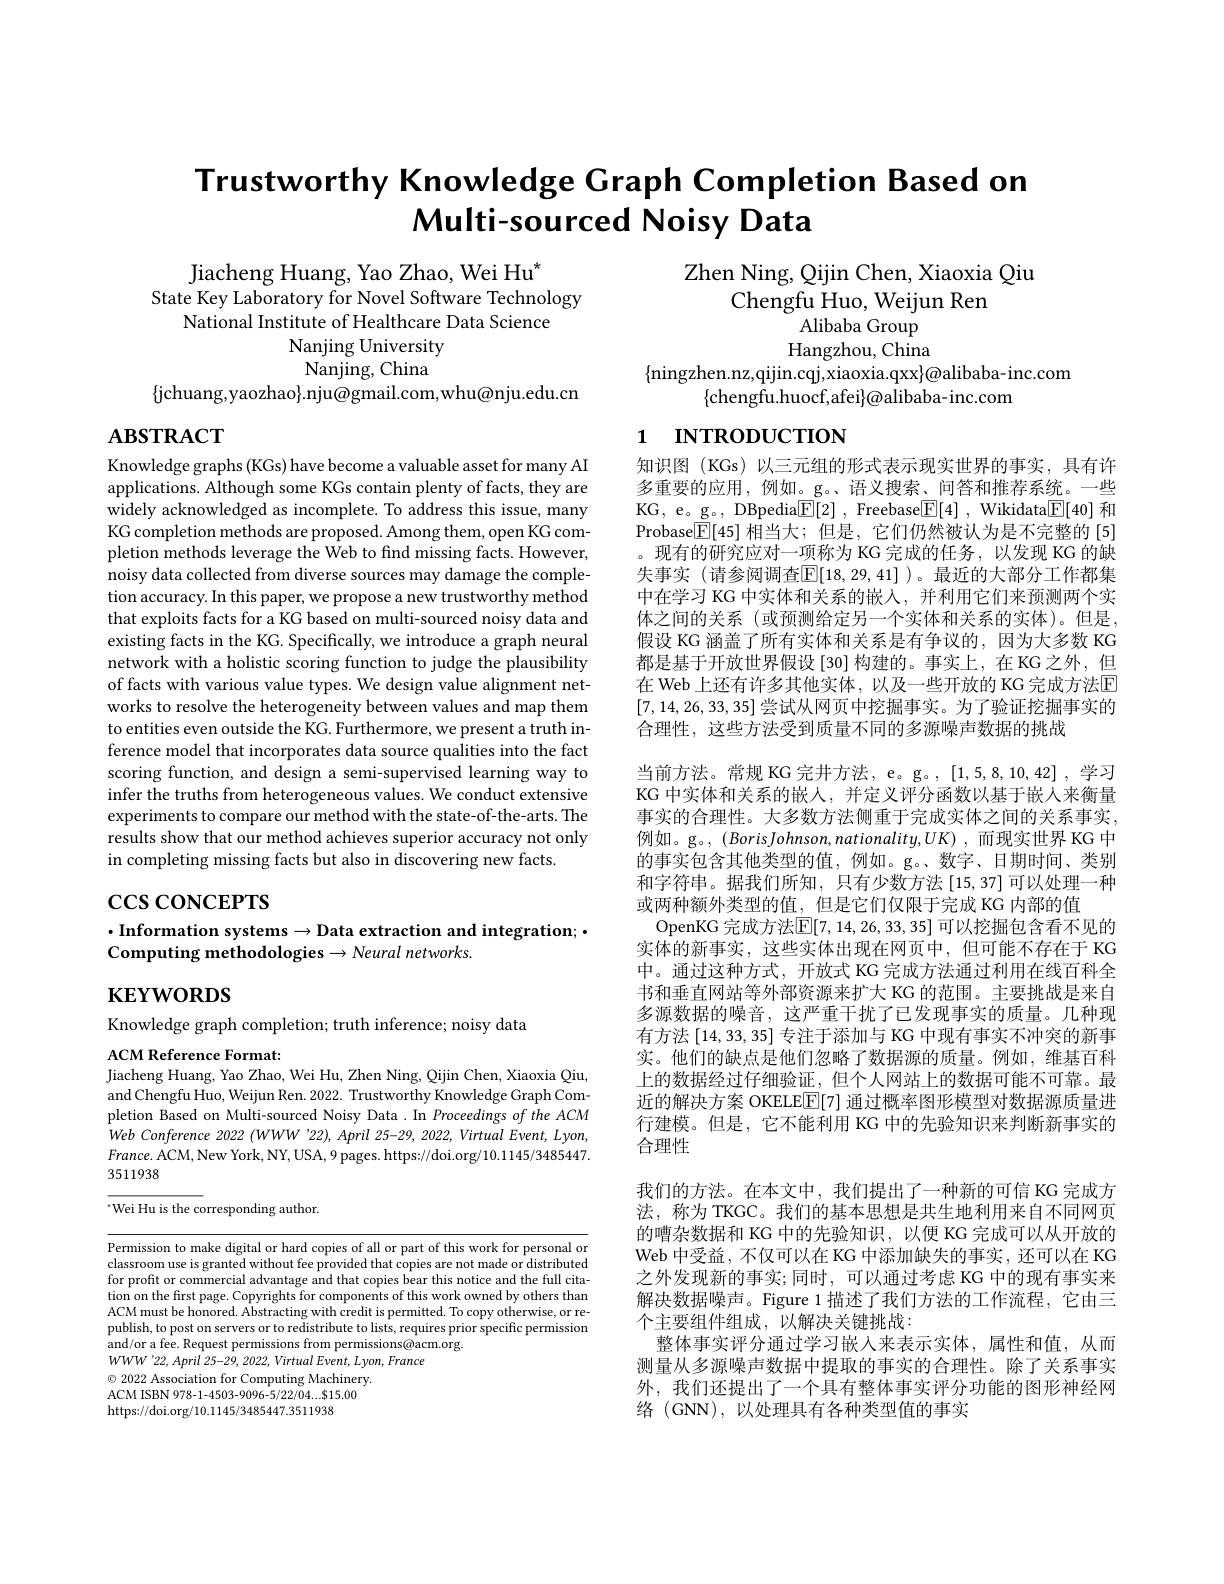
# Trustworthy Knowledge Graph Completion Based on Multi-sourced Noisy Data

Jiacheng Huang, Yao Zhao, Wei Hu*
State Key Laboratory for Novel Software Technology
National Institute of Healthcare Data Science
Nanjing University Nanjing, China
$\{$jchuang,yaozhao$\}.$nju@gmail.com,whu@nju.edu.cn

Zhen Ning, Qijin Chen, Xiaoxia Qiu
Chengfu Huo, Weijun Ren
Alibaba Group Hangzhou, China
$\{$ningzhen.nz,qijin.cqj,xiaoxia.qxx$\}@$alibaba-inc.com
$\{$chengfu.huocf,afei$\}@$alibaba-inc.com

# 1 INTRODUCTION

# $\mathbf{ABSTRACT}$

Knowledge graphs (KGs) have become a valuable asset for many AI applications. Although some KGs contain plenty of facts, they are widely acknowledged as incomplete. To address this issue, many KG completion methods are proposed. Among them, open KG completion methods leverage the Web to find missing facts. However, noisy data collected from diverse sources may damage the completion accuracy. In this paper, we propose a new trustworthy method that exploits facts for a KG based on multi-sourced noisy data and existing facts in the KG. Specifically, we introduce a graph neural network with a holistic scoring function to judge the plausibility of facts with various value types. We design value alignment networks to resolve the heterogeneity between values and map them to entities even outside the KG. Furthermore, we present a truth inference model that incorporates data source qualities into the fact scoring function, and design a semi-supervised learning way to infer the truths from heterogeneous values. We conduct extensive experiments to compare our method with the state-of-the-arts. The results show that our method achieves superior accuracy not only in completing missing facts but also in discovering new facts.

$\csc\cos$coNCEPTS

知识图 (KGs) 以三元组的形式表示现实世界的事实，具有许多重要的应用，例如。g。、语义搜索、问答和推荐系统。一些KG, e。g。, DBpedia$\boxed{\mathbb{F}[2]}$, Freebase$\boxed{\mathbb{F}[4]}$, Wikidata$\boxed{\mathbb{F}[40]}$和Probase$\boxed{\mathbb{E}}[45]$相当大；但是，它们仍然被认为是不完整的[5] 。现有的研究应对一项称为 KG 完成的任务，以发现 KG 的缺失事实 (请参阅调查$\overline{\mathbb{E}}[18,29,41]$ )。最近的大部分工作都集中在学习 KG 中实体和关系的嵌入，并利用它们来预测两个实体之间的关系 (或预测给定另一个实体和关系的实体)。但是， 假设 KG 涵盖了所有实体和关系是有争议的，因为大多数 KG 都是基于开放世界假设[30]构建的。事实上，在 KG 之外，但在 Web 上还有许多其他实体，以及一些开放的 KG 完成方法$\overline{\mathrm{E}}$ [7,14,26,33,35]尝试从网页中挖掘事实。为了验证挖掘事实的合理性，这些方法受到质量不同的多源噪声数据的挑战
当前方法。常规 KG 完井方法，e。g。, [1,5,8,10,42],学习KG 中实体和关系的嵌人，并定义评分函数以基于嵌人来衡量事实的合理性。大多数方法侧重于完成实体之间的关系事实， 例如。g。, $( BorisJohnson, nationality, UK)$ ,而现实世界 KG 中的事实包含其他类型的值，例如。g。数字、日期时间、类别和字符串。据我们所知，只有少数方法[15,37]可以处理一种或两种额外类型的值，但是它们仅限于完成 KG 内部的值
OpenKG 完成方法$\boxed{\mathbb{E}}[7,14,26,33,35]$可以挖掘包含看不见的实体的新事实，这些实体出现在网页中，但可能不存在于 KG 中。通过这种方式，开放式 KG 完成方法通过利用在线百科全书和垂直网站等外部资源来扩大 KG 的范围。主要挑战是来自多源数据的噪音，这严重干扰了已发现事实的质量。几种现有方法[14,33,35]专注于添加与 KG 中现有事实不冲突的新事实。他们的缺点是他们忽略了数据源的质量。例如，维基百科上的数据经过仔细验证，但个人网站上的数据可能不可靠。最近的解决方案 OKELE$\mathbb{E}[7]$通过概率图形模型对数据源质量进行建模。但是，它不能利用 KG 中的先验知识来判断新事实的合理性
我们的方法。在本文中，我们提出了一种新的可信 KG 完成方法，称为 TKGC。我们的基本思想是共生地利用来自不同网页的嘈杂数据和 KG 中的先验知识，以便 KG 完成可以从开放的Web 中受益，不仅可以在 KG 中添加缺失的事实，还可以在 KG 之外发现新的事实；同时，可以通过考虑 KG 中的现有事实来解决数据噪声。Figure 1 描述了我们方法的工作流程，它由三个主要组件组成，以解决关键挑战：
整体事实评分通过学习嵌入来表示实体，属性和值，从而测量从多源噪声数据中提取的事实的合理性。除了关系事实外，我们还提出了一个具有整体事实评分功能的图形神经网络 (GNN), 以处理具有各种类型值的事实

$\cdot$Information systems$\to$Data extraction and integration;$\cdot$
Computing methodologies$\to Neural$ networks

$\mathbf{KEYWORDS}$

Knowledge graph completion; truth inference; noisy data

ACM Reference Format:
Jiacheng Huang, Yao Zhao, Wei Hu, Zhen Ning, Qijin Chen, Xiaoxia Qiu,

and Chengfu Huo, Weijun Ren. 2022. Trustworthy Knowledge Graph Completion Based on Multi-sourced Noisy Data .In Proceedings of the ACM Web Conference 2022 (WWW'22), April 25-29, 2022, Virtual Event, Lyon, $France.$ ACM, New York, NY, USA, 9 pages. https://doi.org/10.1145/3485447. 3511938
“Wei Hu is the corresponding author.

Permission to make digital or hard copies of all or part of this work for personal or classroom use is granted without fee provided that copies are not made or distributed for profit or commercial advantage and that copies bear this notice and the full citation on the first page. Copyrights for components of this work owned by others than ACM must be honored. Abstracting with credit is permitted. To copy otherwise, or republish, to post on servers or to redistribute to lists, requires prior specific permission and/or a fee. Request permissions from permissions@acm.org.
$WWW^{\prime}22,April~25-29,~2022,~Virtual~Event,~Lyon,~France$
$\odot$ 2022 Association for Computing Machinery. ACM ISBN 978-1-4503-9096-5/22/04...$15.00 https://doi.org/10.1145/3485447.3511938